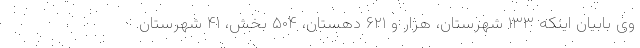
وی بابیان اینکه ۱۳۳ شهرستان، هزار و ۶۲۱ دهستان، ۵۰۴ بخش، ۴۱ شهرستان